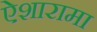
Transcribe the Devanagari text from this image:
ऐशारामा